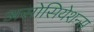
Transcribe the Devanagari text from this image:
असोसियेशन्स